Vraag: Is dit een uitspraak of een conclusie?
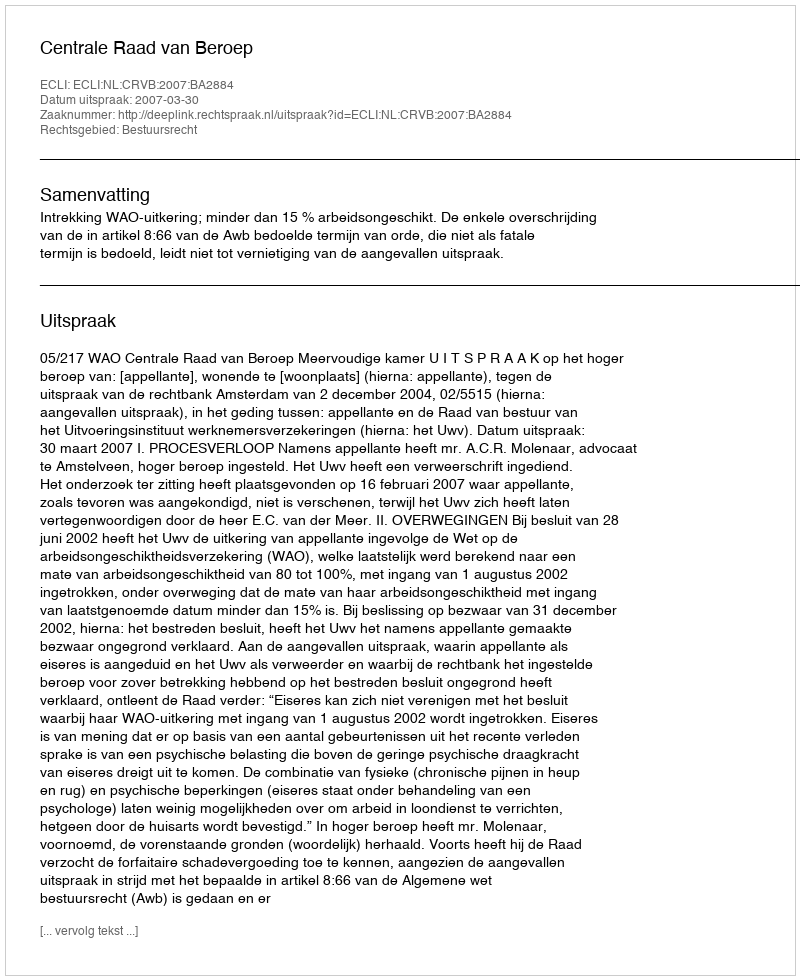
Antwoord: Uitspraak